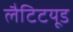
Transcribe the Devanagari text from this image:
लैटिटयूड